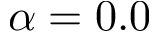
\alpha = 0 . 0